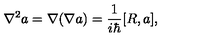
\nabla ^ { 2 } a = \nabla ( \nabla a ) = \frac 1 { i \hbar } [ R , a ] ,